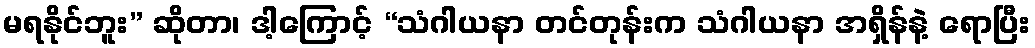
မရနိုင်ဘူး” ဆိုတာ၊ ဒါ့ကြောင့် “သံဂါယနာ တင်တုန်းက သံဂါယနာ အရှိန်နဲ့ ရောပြီး